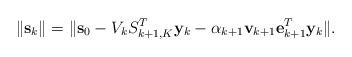
LaTeX: \begin{align*}\|{\bf s}_{k}\|=\|{\bf s}_{0}-V_{k}S_{k+1,K}^{T}{\bf y}_{k}-\alpha_{k+1}{\bf v}_{k+1}{\bf e}_{k+1}^{T}{\bf y}_{k}\|.\end{align*}